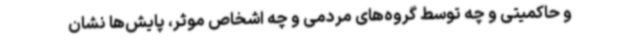
و حاکمیتی و چه توسط گروه‌های مردمی و چه اشخاص موثر، پایش‌ها نشان